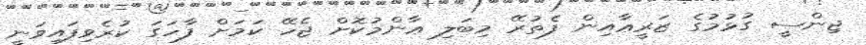
ޖިންސީ ގުޅުމުގެ ޒަރީޢާއިން ފެތުރޭ މިބަލި ޢާންމުކޮށް ޖެހޭ ކަމަށް ފާހަގަ ކުރެވިފައިވަނީ